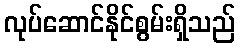
လုပ်ဆောင်နိုင်စွမ်းရှိသည်